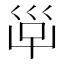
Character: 𡿹